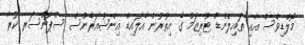
މޯލްޑިވްސް އާއި ތައިލޭންޑް ޓޫރިޒަމް ގެ އިތުރުން އެލައިޑް އިންޝުއަރެންސް ސްޕޮންސަރ ކުރާ